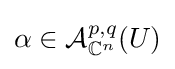
\alpha \in {\mathcal {A}}_{\mathbb {C} ^{n}}^{p,q}(U)